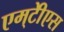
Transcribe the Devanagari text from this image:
एम्‌टीेएस